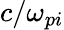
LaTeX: c/\omega_{pi}